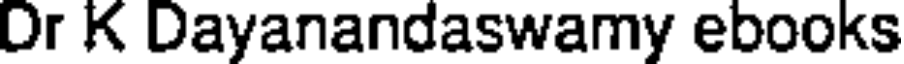
Dr K Dayanandaswamy ebooks